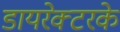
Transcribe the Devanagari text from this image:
डायरेक्टरके